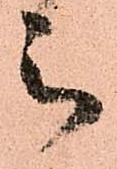
被